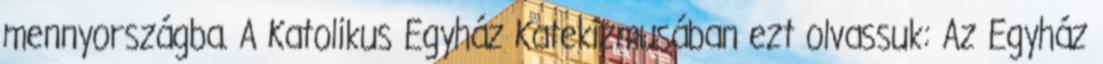
mennyországba. A Katolikus Egyház Katekizmusában ezt olvassuk: Az Egyház